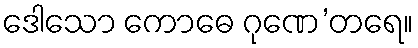
ဒေါသော ကောဓေ ဂုဏေ’တရေ။